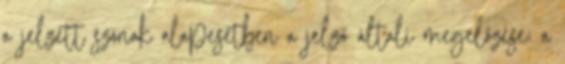
a jelzett szónak alapesetben a jelző általi megelőzése; a